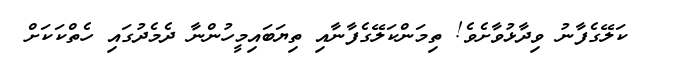
ކަލޭގެފާނު ވިދާޅުވާށެވެ! ތިމަންކަލޭގެފާނާއި ތިޔަބައިމީހުންނާ ދެމެދުގައި ހެތްކަކަށް